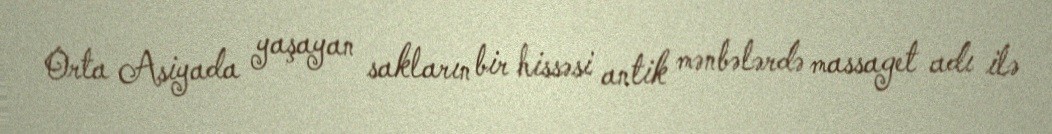
Orta Asiyada yaşayan sakların bir hissəsi antik mənbələrdə massaget adı ilə